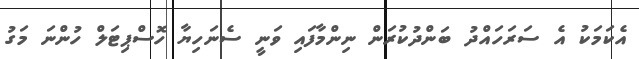
އެކަމަކު އެ ސަރަހައްދު ބަންދުކުރަން ނިންމާފައި ވަނީ ސެނަހިޔާ ހޮސްޕިޓަލް ހުންނަ މަގު